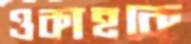
ওকাহকে